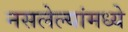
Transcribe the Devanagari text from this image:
नसलेल्यांमध्ये